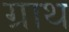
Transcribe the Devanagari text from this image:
ग्राथ